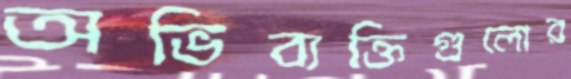
অভিব্যক্তিগুলোর